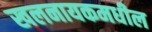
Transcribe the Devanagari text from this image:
खलनायकमधील